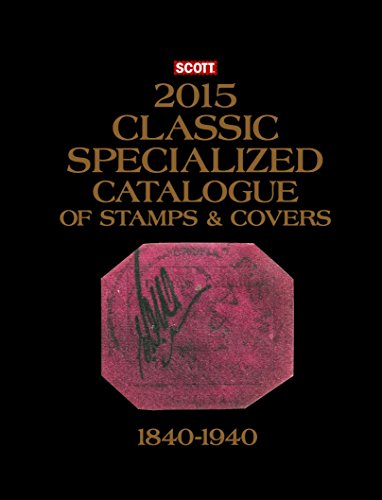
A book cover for Scott 2015 Classic Specialized Catalogue: Stamps and Covers of the World Including Us 1840-1940 (British Commonwealth to 1952) (Scott Classic Specialized Catalogue); Charles Snee; Crafts, Hobbies & Home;